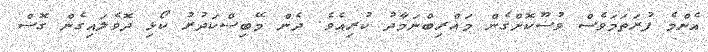
އެންމެ ފުރަތަމަވެސް ވުޟޫކޮށްގެން މަޣްރިބްނަމާދު ކުރިއެވެ. ދެން މޭބިސްކަދުރު ކޯޅި ދޮވެލައިގެން ގޮސް